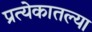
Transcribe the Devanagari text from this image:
प्रत्येकातल्या